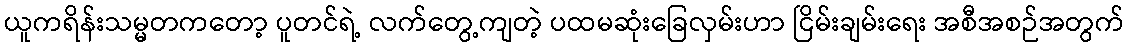
ယူကရိန်းသမ္မတကတော့ ပူတင်ရဲ့ လက်တွေ့ကျတဲ့ ပထမဆုံးခြေလှမ်းဟာ ငြိမ်းချမ်းရေး အစီအစဉ်အတွက်